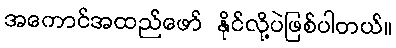
အကောင်အထည်ဖော် နိုင်လို့ပဲဖြစ်ပါတယ်။